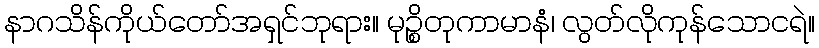
နာဂသိန်ကိုယ်တော်အရှင်ဘုရား။ မုဉ္စိတုကာမာနံ၊ လွတ်လိုကုန်သောငရဲ။